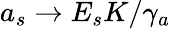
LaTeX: a_{s}\rightarrow E_{s}K/\gamma_{a}